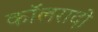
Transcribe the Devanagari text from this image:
कॉलरादो